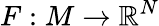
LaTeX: F:M\to\mathbb{R}^{N}